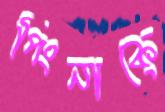
পিংনাকে